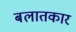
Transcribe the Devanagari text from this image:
बलातकार